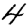
Digit: 4